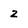
Character: 2